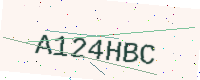
Text: A124HBC